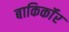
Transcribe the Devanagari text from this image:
बाकिर्कॉर